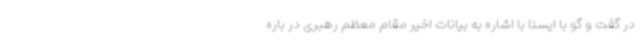
در گفت و گو با ایسنا با اشاره به بیانات اخیر مقام معظم رهبری در باره